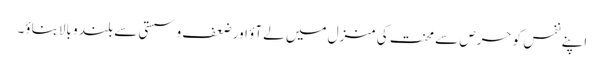
اپنے نفس کو حرص سے محنت کی منزل میں لے آؤ اور ضعف و سستی سے بلند و بالابناؤ۔